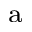
_ \mathrm { a }